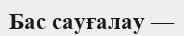
Бас сауғалау —